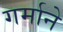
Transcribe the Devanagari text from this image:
गर्माने